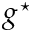
g ^ { \star }